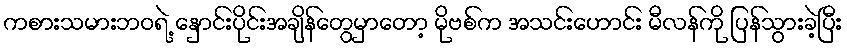
ကစားသမားဘဝရဲ့ နှောင်းပိုင်းအချိန်တွေမှာတော့ မိုဗစ်က အသင်းဟောင်း မီလန်ကို ပြန်သွားခဲ့ပြီး